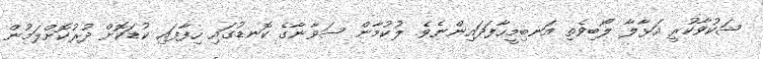
ޝަކުވާކުރީ އަޅާލާ ލޯބިވެތި އަނބިމީހާފަދައިންނެވެ. ލުކުމާން ސަވާނާގެ ކޮނޑުގައި ހިފާފައި ކުޑަކޮށް ދުރުކޮށްލަމުން